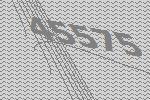
45575